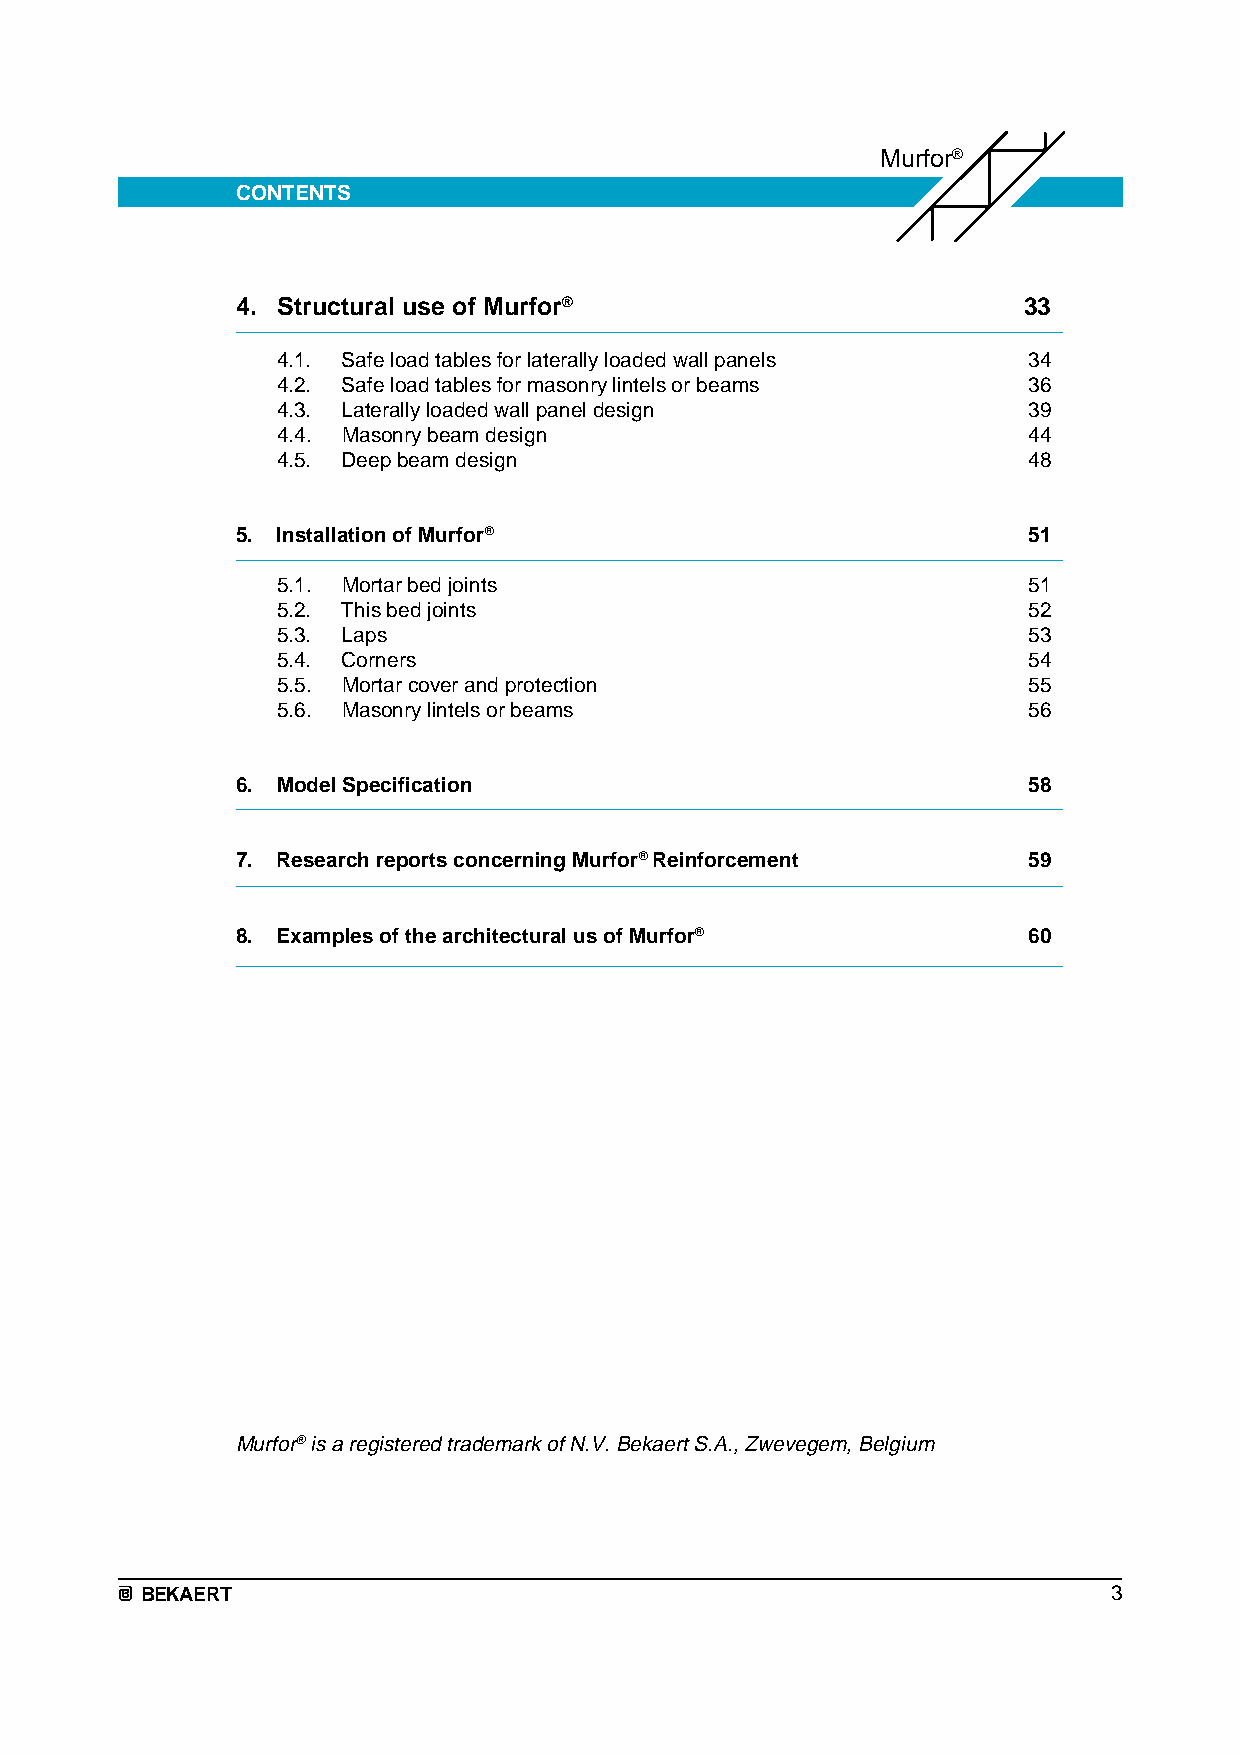
Murfor®
 CONTENTS
 4. Structural use of Murfor®                        33
 4.1. Safe load tables for laterally loaded wall panels 34
 4.2. Safe load tables for masonry lintels or beams 36
 4.3. Laterally loaded wall panel design           39
 4.4. Masonry beam design                          44
 4.5. Deep beam design                             48
 5. Installation of Murfor®                          51
 5.1. Mortar bed joints                            51
 5.2. This bed joints                              52
 5.3. Laps                                         53
 5.4. Corners                                      54
 5.5. Mortar cover and protection                  55
 5.6. Masonry lintels or beams                     56
 6. Model Specification                              58
 7. Research reports concerning Murfor® Reinforcement 59
 8. Examples of the architectural us of Murfor®      60
 Murfor® is a registered trademark of N.V. Bekaert S.A., Zwevegem, Belgium
 BEKAERT                                                          3